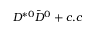
D ^ { * 0 } \bar { D } ^ { 0 } + c . c